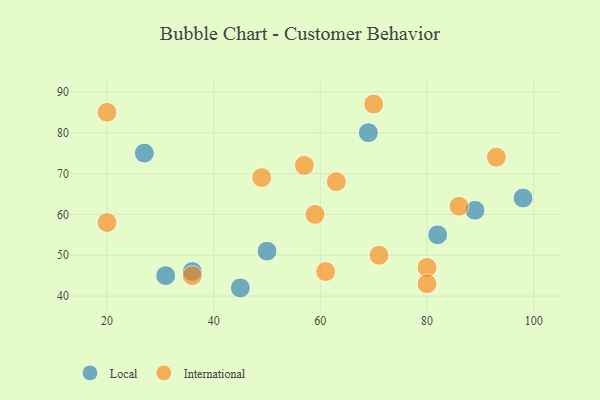
{"axis": {"x": "GDP", "y": "Life Expectancy"}, "legend": ["International", "Local"], "data": [{"x": "98", "y": 64, "type": "Local"}, {"x": "31", "y": 45, "type": "Local"}, {"x": "69", "y": 80, "type": "Local"}, {"x": "36", "y": 46, "type": "Local"}, {"x": "89", "y": 61, "type": "Local"}, {"x": "27", "y": 75, "type": "Local"}, {"x": "50", "y": 51, "type": "Local"}, {"x": "82", "y": 55, "type": "Local"}, {"x": "45", "y": 42, "type": "Local"}, {"x": "59", "y": 60, "type": "International"}, {"x": "71", "y": 50, "type": "International"}, {"x": "63", "y": 68, "type": "International"}, {"x": "57", "y": 72, "type": "International"}, {"x": "20", "y": 58, "type": "International"}, {"x": "70", "y": 87, "type": "International"}, {"x": "80", "y": 47, "type": "International"}, {"x": "86", "y": 62, "type": "International"}, {"x": "20", "y": 85, "type": "International"}, {"x": "80", "y": 43, "type": "International"}, {"x": "61", "y": 46, "type": "International"}, {"x": "36", "y": 45, "type": "International"}, {"x": "49", "y": 69, "type": "International"}, {"x": "93", "y": 74, "type": "International"}]}